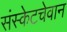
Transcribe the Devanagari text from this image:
संस्केटचेवान